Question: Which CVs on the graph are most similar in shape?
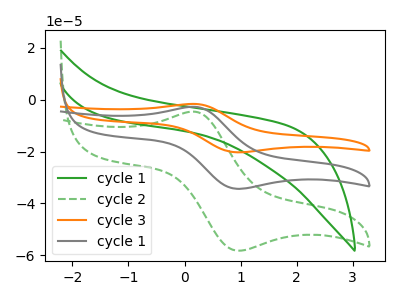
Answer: <think>The green curve "cycle 1" has no peaks. The green dashed curve "cycle 2" has an anodic peak at (0.15V, -4.60uA) and a cathodic peak at (0.95V, -58.20uA). The orange curve "cycle 3" has an anodic peak at (0.15V, -5.40uA) and a cathodic peak at (0.95V, -68.70uA). The gray curve "cycle 1" has an anodic peak at (0.15V, -2.70uA) and a cathodic peak at (0.95V, -34.35uA).
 "cycle 1" and "cycle 2" have a different number of peaks. "cycle 1" and "cycle 3" have a different number of peaks. "cycle 1" and "cycle 1" have a different number of peaks. All the peaks in "cycle 2" have a peak in "cycle 3" at the same potential. All the peaks in "cycle 2" have a peak in "cycle 1" at the same potential. All the peaks in "cycle 3" have a peak in "cycle 1" at the same potential.</think>
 <answer>"cycle 2", "cycle 3" and "cycle 1" have the same shape and are likely CV's of the same chemical.</answer>
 <eval>"cycle 2" "cycle 3" "cycle 1"</eval>